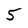
Character: 5